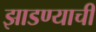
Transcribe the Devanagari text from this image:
झाडण्याची